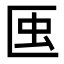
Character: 𧈟